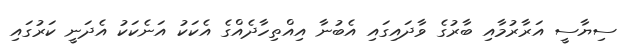
ސިޔާސީ އަރާރުމާއި ބާރުގެ ވާދައިގައި އެބުނާ އިއްތިހާދެއްގެ އެކަކު އަނެކަކު އެދަނީ ކަރުގައި